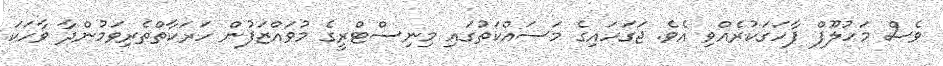
ވެސް މަހުލޫފް ފާހަގަކުރެއްވި އެވެ. ޖަގަހައިގެ މަސައްކަތުގައި މިނިސްޓްރީގެ މުވައްޒަފުން ހަރަކާތްތެރިވަމުންދާ ވާހަކަ